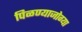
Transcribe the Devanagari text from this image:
पिळण्याजोग्या